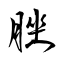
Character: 脞